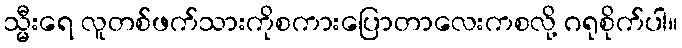
သ္မီးရေ လူတစ်ဖက်သားကိုစကားပြောတာလေးကစလို့ ဂရုစိုက်ပါ။